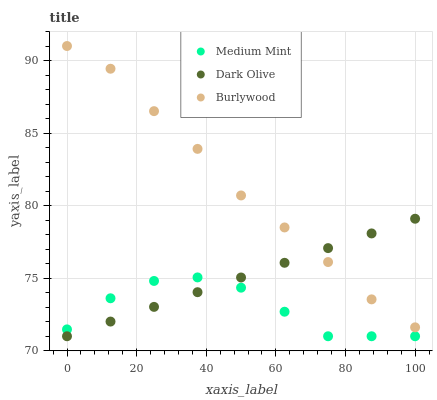
| xaxis_label | Medium Mint | Dark Olive | Burlywood |
 | --- | --- | --- | --- |
 | 0 | 71.5 | 71 | 91 |
 | 12.5 | 73.6 | 72 | 89.4 |
 | 25 | 74.8 | 73 | 86.5 |
 | 37.5 | 75.1 | 74 | 83.9 |
 | 50 | 74.3 | 75 | 80.7 |
 | 62.5 | 72.7 | 76.1 | 78.5 |
 | 75 | 71 | 77.1 | 76.1 |
 | 87.5 | 71 | 78.1 | 73.5 |
 | 100 | 71 | 79.1 | 71.6 |